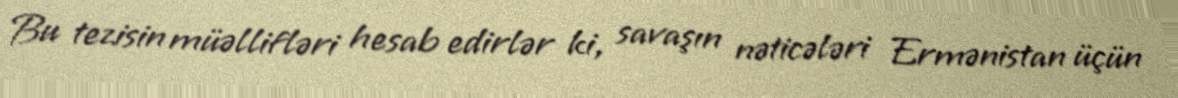
Bu tezisin müəllifləri hesab edirlər ki, savaşın nəticələri Ermənistan üçün